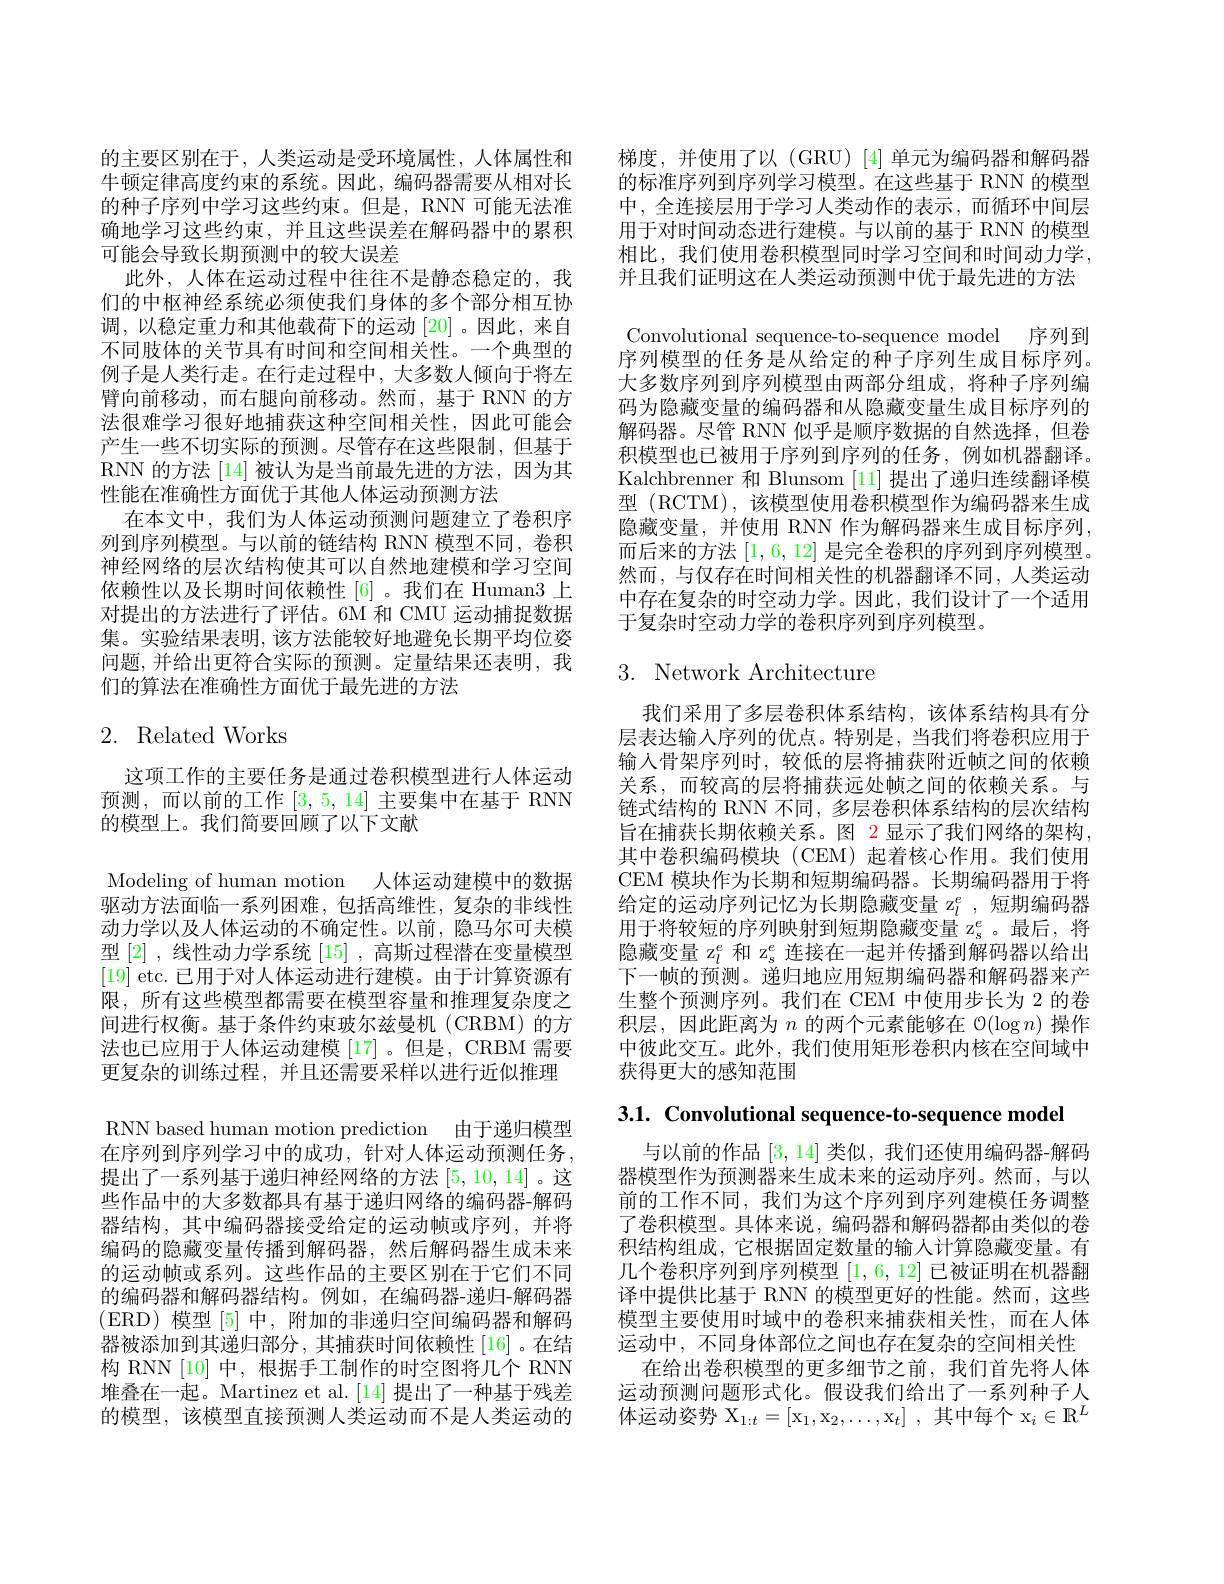
的主要区别在于，人类运动是受环境属性，人体属性和牛顿定律高度约束的系统。因此，编码器需要从相对长的种子序列中学习这些约束。但是，RNN 可能无法准确地学习这些约束，并且这些误差在解码器中的累积可能会导致长期预测中的较大误差
此外，人体在运动过程中往往不是静态稳定的，我们的中枢神经系统必须使我们身体的多个部分相互协调，以稳定重力和其他载荷下的运动[20]。因此，来自不同肢体的关节具有时间和空间相关性。一个典型的例子是人类行走。在行走过程中，大多数人倾向于将左臂向前移动，而右腿向前移动。然而，基于 RNN 的方法很难学习很好地捕获这种空间相关性，因此可能会产生一些不切实际的预测。尽管存在这些限制，但基于RNN 的方法 [14] 被认为是当前最先进的方法，因为其性能在准确性方面优于其他人体运动预测方法
在本文中，我们为人体运动预测问题建立了卷积序列到序列模型。与以前的链结构 RNN 模型不同，卷积神经网络的层次结构使其可以自然地建模和学习空间依赖性以及长期时间依赖性 [6] 。我们在 Human3 上对提出的方法进行了评估。6M 和 CMU 运动捕捉数据集。实验结果表明，该方法能较好地避免长期平均位姿问题，并给出更符合实际的预测。定量结果还表明，我们的算法在准确性方面优于最先进的方法

# 2. Related Works

这项工作的主要任务是通过卷积模型进行人体运动预测，而以前的工作[3,5,14]主要集中在基于 RNN 的模型上。我们简要回顾了以下文献

Modeling of human motion 人体运动建模中的数据驱动方法面临一系列困难，包括高维性，复杂的非线性动力学以及人体运动的不确定性。以前，隐马尔可夫模型 [2] , 线性动力学系统[15] ,高斯过程潜在变量模型[19] etc. 已用于对人体运动进行建模。由于计算资源有限，所有这些模型都需要在模型容量和推理复杂度之间进行权衡。基于条件约束玻尔兹曼机(CRBM)的方法也已应用于人体运动建模 [17]。但是，CRBM 需要更复杂的训练过程，并且还需要采样以进行近似推理RNN based human motion prediction 由于递归模型在序列到序列学习中的成功，针对人体运动预测任务， 提出了一系列基于递归神经网络的方法[5,10,14] 。这些作品中的大多数都具有基于递归网络的编码器-解码器结构，其中编码器接受给定的运动帧或序列，并将编码的隐藏变量传播到解码器，然后解码器生成未来的运动帧或系列。这些作品的主要区别在于它们不同的编码器和解码器结构。例如，在编码器-递归-解码器(ERD)模型[5]中，附加的非递归空间编码器和解码器被添加到其递归部分，其捕获时间依赖性[16]。在结构 RNN [10] 中，根据手工制作的时空图将几个 RNN 堆叠在一起。Martinez et al.[14] 提出了一种基于残差的模型，该模型直接预测人类运动而不是人类运动的

梯度，并使用了以(GRU)[4]单元为编码器和解码器的标准序列到序列学习模型。在这些基于 RNN 的模型中，全连接层用于学习人类动作的表示，而循环中间层用于对时间动态进行建模。与以前的基于 RNN 的模型相比，我们使用卷积模型同时学习空间和时间动力学， 并且我们证明这在人类运动预测中优于最先进的方法

Convolutional sequence-to-sequence model 序列到序列模型的任务是从给定的种子序列生成目标序列。

大多数序列到序列模型由两部分组成，将种子序列编码为隐藏变量的编码器和从隐藏变量生成目标序列的解码器。尽管 RNN 似乎是顺序数据的自然选择，但卷积模型也已被用于序列到序列的任务，例如机器翻译。Kalchbrenner 和 Blunsom [11]提出了递归连续翻译模型 (RCTM),该模型使用卷积模型作为编码器来生成隐藏变量，并使用 RNN 作为解码器来生成目标序列， 而后来的方法[1,6,12]是完全卷积的序列到序列模型。然而，与仅存在时间相关性的机器翻译不同，人类运动中存在复杂的时空动力学。因此，我们设计了一个适用于复杂时空动力学的卷积序列到序列模型。

# 3. Network Architecture

我们采用了多层卷积体系结构，该体系结构具有分层表达输入序列的优点。特别是，当我们将卷积应用于输入骨架序列时，较低的层将捕获附近帧之间的依赖关系，而较高的层将捕获远处帧之间的依赖关系。与链式结构的 RNN 不同，多层卷积体系结构的层次结构旨在捕获长期依赖关系。图 2 显示了我们网络的架构， 其中卷积编码模块(CEM)起着核心作用。我们使用CEM 模块作为长期和短期编码器。长期编码器用于将给定的运动序列记忆为长期隐藏变量 z$_l^e$ ,短期编码器用于将较短的序列映射到短期隐藏变量 z$_\mathrm{s}^e$。最后，将隐藏变量 z$_l^e$和 z$_s^e$连接在一起并传播到解码器以给出下一帧的预测。递归地应用短期编码器和解码器来产生整个预测序列。我们在 CEM 中使用步长为 2 的卷积层，因此距离为$n$的两个元素能够在$\mathcal{O}(\log n)$操作中彼此交互。此外，我们使用矩形卷积内核在空间域中获得更大的感知范围

3.1. Convolutional sequence-to-sequence model

与以前的作品[3,14]类似，我们还使用编码器-解码器模型作为预测器来生成未来的运动序列。然而，与以前的工作不同，我们为这个序列到序列建模任务调整了卷积模型。具体来说，编码器和解码器都由类似的卷积结构组成，它根据固定数量的输人计算隐藏变量。有几个卷积序列到序列模型[1,6,12]已被证明在机器翻译中提供比基于 RNN 的模型更好的性能。然而，这些模型主要使用时域中的卷积来捕获相关性，而在人体运动中，不同身体部位之间也存在复杂的空间相关性
在给出卷积模型的更多细节之前，我们首先将人体运动预测问题形式化。假设我们给出了一系列种子人体运动姿势$X_{1: t}$= [ $x_{1}$, $x_{2}$, $\ldots$, $x_{t}$] , 其 中 每 个 $x_{i}\in \mathbb{R} ^{L}$